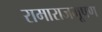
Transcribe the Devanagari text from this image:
रामाराजभूषण